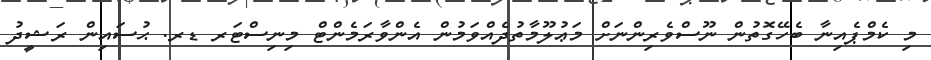
މި ކެމްޕެއިނާ ބެހޭގޮތުން ނޫސްވެރިންނަށް މަޢުލޫމާތުދެއްވަމުން އެންވާރަމެންޓް މިނިސްޓަރ ޑރ. ޙުސައިން ރަޝީދު